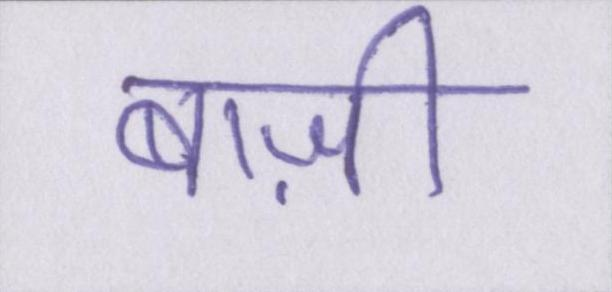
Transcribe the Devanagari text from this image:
बाज़ी